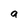
Character: a